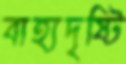
বাহ্যদৃষ্টি